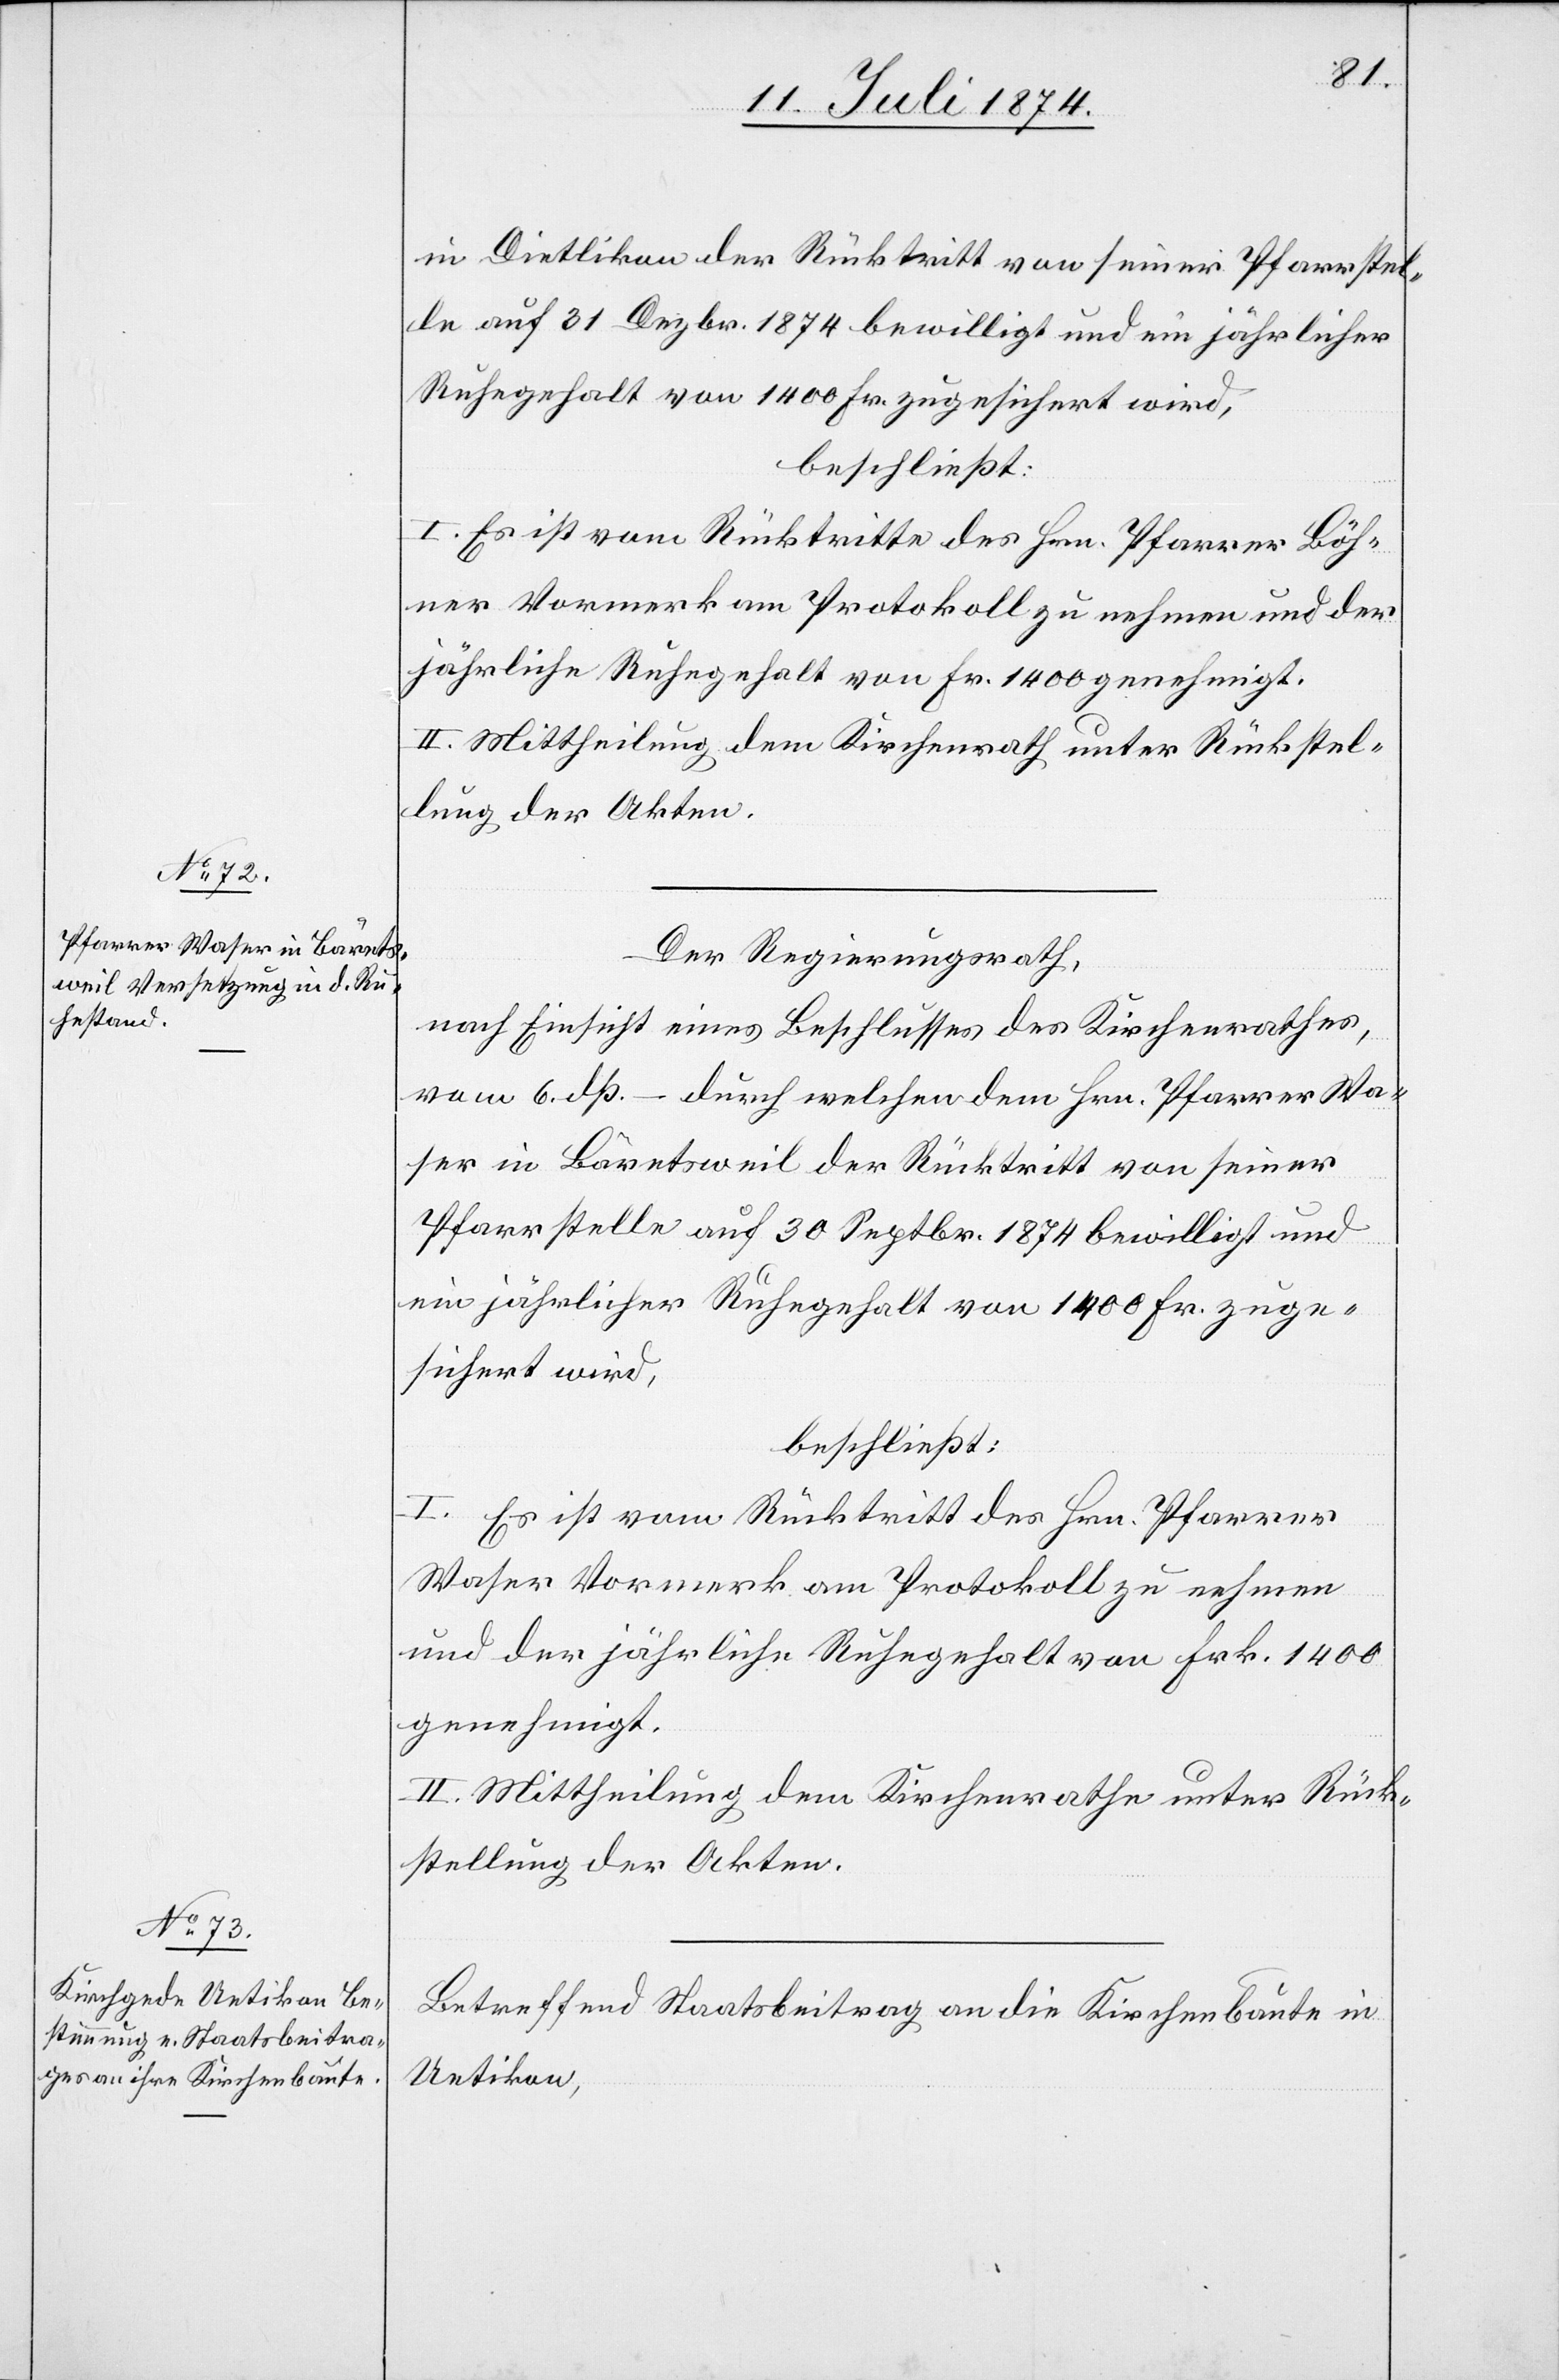
in Dietlikon der Rücktritt von seiner Pfarrstel¬
le auf 31. Dezbr. 1874 bewilligt und ein jährlicher
Ruhegehalt von 1400 Fr. zugesichert wird,
beschließt:
I. Es ist vom Rücktritte des Hrn. Pfarrer Böh¬
ner Vormerk am Protokoll zu nehmen und der
jährliche Ruhegehalt von Fr. 1400 genehmigt.
II. Mittheilung dem Kirchenrath unter Rückstel¬
lung der Akten.
Der Regierungsrath,
nach Einsicht eines Antrages des Kirchenrathes,
vom 6. dß. – durch welchen dem Hrn. Pfarrer Wa¬
ser in Bärentsweil der Rücktritt von seiner
Pfarrstelle auf 30 Septbr. 1874 bewilligt und
ein jährlicher Ruhegehalt von 1400 Fr. zuge¬
sichert wird,
beschließt:
I. Es ist vom Rücktritt des Hrn. Pfarrer
Waser Vormerk am Protokoll zu nehmen
und der jährliche Ruhegehalt von Frk. 1400
genehmigt.
II. Mittheilung dem Kirchenrathe unter Rück¬
stellung der Akten.
Betreffend Staatsbeitrag an die Kirchenbaute in
Uetikon,